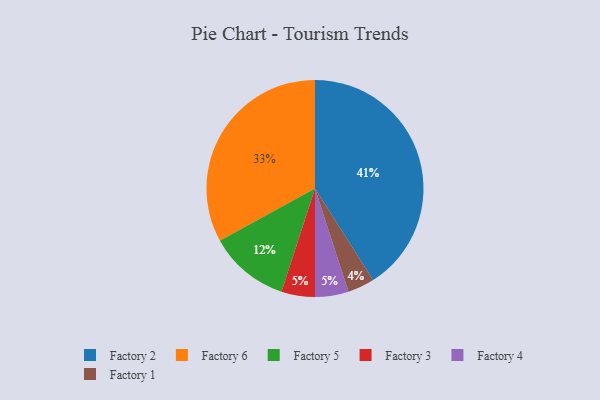
{"axis": {"x": "Category", "y": "Percentage"}, "legend": ["Factory 1", "Factory 2", "Factory 3", "Factory 4", "Factory 5", "Factory 6"], "data": [{"x": "Factory 5", "y": 12, "type": "Factory 5"}, {"x": "Factory 1", "y": 4, "type": "Factory 1"}, {"x": "Factory 6", "y": 33, "type": "Factory 6"}, {"x": "Factory 3", "y": 5, "type": "Factory 3"}, {"x": "Factory 4", "y": 5, "type": "Factory 4"}, {"x": "Factory 2", "y": 41, "type": "Factory 2"}]}